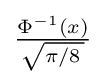
{\tfrac {\Phi ^{-1}(x)}{\,{\sqrt {\pi /8\,}}\,}}